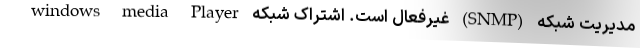
مدیریت شبکه (SNMP) غیرفعال است. اشتراک شبکه windows media Player